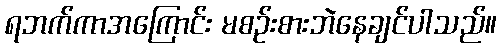
ရဘက်ကာအကြောင်း မစဉ်းစားဘဲနေချင်ပါသည်။